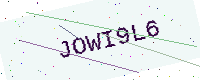
Text: JOWI9L6